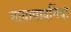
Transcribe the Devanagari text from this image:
मायावादनिंदा